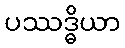
ပဿဒ္ဓိယာ